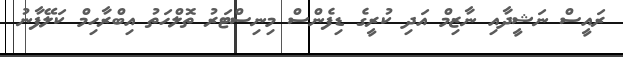
ރައީސް ނަޝީދާއި ނާޒިމް އަދި ކުރީގެ ޑިފެންސް މިނިސްޓަރު ތޮލްހަތު އިބްރާހިމް ކަލޭފާނު